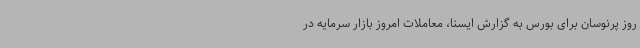
روز پرنوسان برای بورس به گزارش ایسنا، معاملات امروز بازار سرمایه در